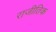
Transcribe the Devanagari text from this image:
राजीतिक